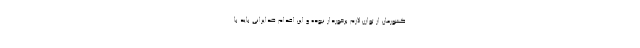
کشورمان از توازن لازم برخوردار نبوده و این اقدام ضدایرانی باید با